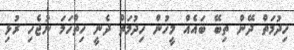
ހިދުމަތް ދޭން ތިބޭ ބައެއް މީހުން ހިދުމަތް ދެނީ ހިތްހަމަ ނުޖެހި ރުޅި